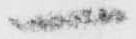
一